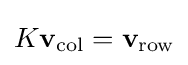
K\mathbf {v} _{\text{col}}=\mathbf {v} _{\text{row}}